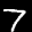
Label: 7